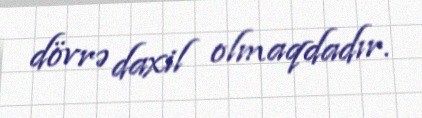
dövrə daxil olmaqdadır.